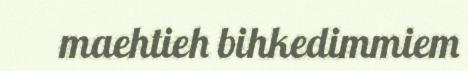
maehtieh bihkedimmiem